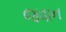
જવાન